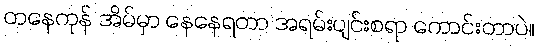
တနေကုန် အိမ်မှာ နေနေရတာ အရမ်းပျင်းစရာ ကောင်းတာပဲ။